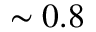
\sim 0 . 8